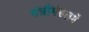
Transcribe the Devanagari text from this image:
मंत्रीमंडलमें